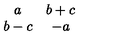
\begin{array} { c c } { a } & { b + c } \\ { b - c } & { - a } \\ \end{array}